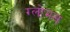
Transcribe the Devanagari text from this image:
ग्लोमस